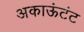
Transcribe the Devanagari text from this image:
अकाऊंटंट